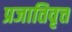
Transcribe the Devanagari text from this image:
प्रजातिवृत्त